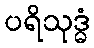
ပရိသုဒ္ဓံ